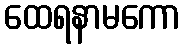
ထေရနာမကော